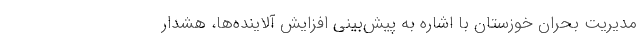
مدیریت بحران خوزستان با اشاره به پیش‌بینی افزایش آلاینده‌ها، هشدار